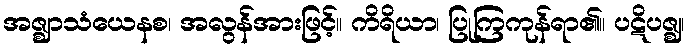
အဇ္ဈာသံယေနစ၊ အလွန်အားဖြင့်။ ကိရိယာ၊ ပြုကြကုန်ရာ၏။ ပဋိပဇ္ဈ၊